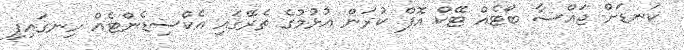
ކަނޑަށް ޖައްސާ ބޯޓެއް ޓޭކް އޮފް ކުރަން އުޅުމުގެ ތެރޭގައި އެކްސިޑެންޓެއް ހިނގައިފި